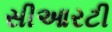
સીઆરટી